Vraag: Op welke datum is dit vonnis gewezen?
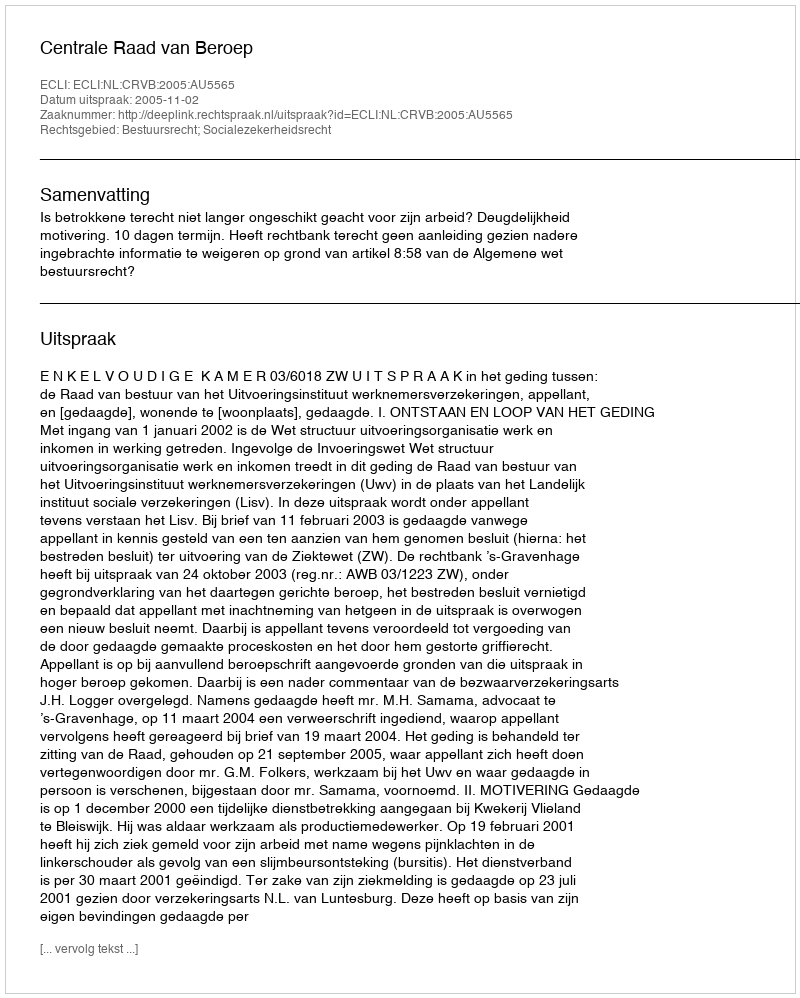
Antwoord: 2005-11-02